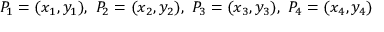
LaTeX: P _ { 1 } = ( x _ { 1 } , y _ { 1 } ) , \ P _ { 2 } = ( x _ { 2 } , y _ { 2 } ) , \ P _ { 3 } = ( x _ { 3 } , y _ { 3 } ) , \ P _ { 4 } = ( x _ { 4 } , y _ { 4 } )